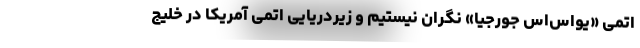
اتمی «یواس‌اس جورجیا» نگران نيستيم و زیردریایی اتمی آمریکا در خلیج